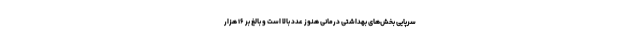
سرپایی بخش‌های بهداشتی درمانی هنوز عدد بالا است و بالغ بر ۱۶ هزار